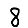
Digit: 8